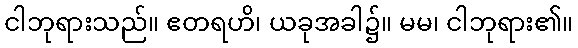
ငါဘုရားသည်။ ဧတရဟိ၊ ယခုအခါ၌။ မမ၊ ငါဘုရား၏။